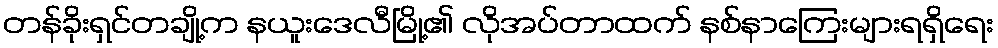
တန်ခိုးရှင်တချို့က နယူးဒေလီမြို့၏ လိုအပ်တာထက် နစ်နာကြေးများရရှိရေး